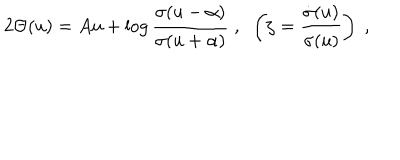
LaTeX: 2 \Theta ( u ) = A u + \log \frac { \sigma ( u - \alpha ) } { \sigma ( u + \alpha ) } \; , \; \; \left( \zeta = \frac { \dot { \sigma } ( u ) } { \sigma ( u ) } \right) \; ,